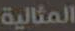
المثالية